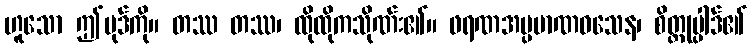
ဟူသော ဤပုဒ်ကို။ တဿ တဿ၊ ထိုထိုကသိုဏ်း၏။ ဖရဏအပ္ပမာဏဝသေန၊ စိတ္တုပ္ပါဒ်၏